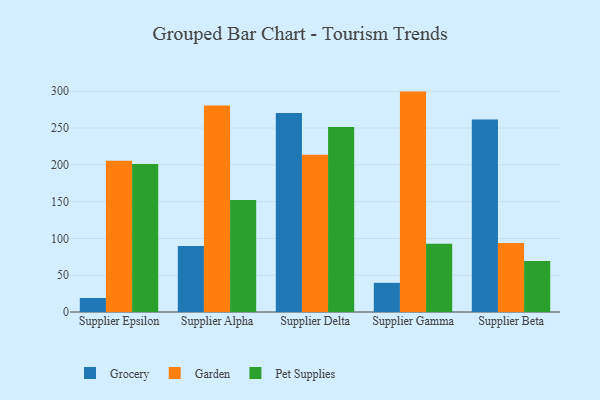
{"axis": {"x": "Supplier", "y": "Inventory Turnover"}, "legend": ["Garden", "Grocery", "Pet Supplies"], "data": [{"x": "Supplier Epsilon", "y": 19.0, "type": "Grocery"}, {"x": "Supplier Epsilon", "y": 205.7, "type": "Garden"}, {"x": "Supplier Epsilon", "y": 201.1, "type": "Pet Supplies"}, {"x": "Supplier Alpha", "y": 89.8, "type": "Grocery"}, {"x": "Supplier Alpha", "y": 280.7, "type": "Garden"}, {"x": "Supplier Alpha", "y": 152.3, "type": "Pet Supplies"}, {"x": "Supplier Delta", "y": 270.3, "type": "Grocery"}, {"x": "Supplier Delta", "y": 213.6, "type": "Garden"}, {"x": "Supplier Delta", "y": 251.4, "type": "Pet Supplies"}, {"x": "Supplier Gamma", "y": 39.7, "type": "Grocery"}, {"x": "Supplier Gamma", "y": 299.5, "type": "Garden"}, {"x": "Supplier Gamma", "y": 92.7, "type": "Pet Supplies"}, {"x": "Supplier Beta", "y": 261.6, "type": "Grocery"}, {"x": "Supplier Beta", "y": 93.7, "type": "Garden"}, {"x": "Supplier Beta", "y": 69.3, "type": "Pet Supplies"}]}